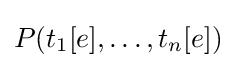
P(t_{1}[e],\dots ,t_{n}[e])